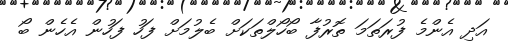
އަދި އެންމެ ފުރަތަމަ ތޮރުފާ ބޯހޯލްތަކަށް ބެލުމަށް ފަހު ފަހުން އެހެން ބޯ